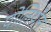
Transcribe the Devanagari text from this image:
पोलिथीन